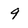
Character: 9